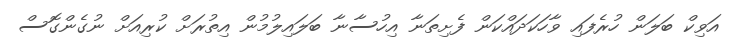
އަވިކް ބަލަން ހުރެފައި ވާހަކަދައްކަން ފެށިތަނާ އިހުސާނާ ބަލައިލުމުން އިތުރަށް ކުރިއަށް ނުގެންގޮސް